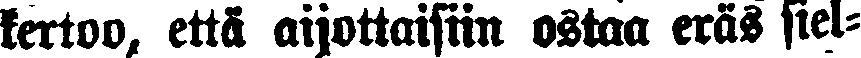
kertoo, että aijottaisin ostaa eräs siel-